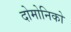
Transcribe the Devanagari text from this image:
दोमोनिको